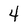
Character: 4